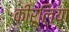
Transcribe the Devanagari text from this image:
कीरूलिया